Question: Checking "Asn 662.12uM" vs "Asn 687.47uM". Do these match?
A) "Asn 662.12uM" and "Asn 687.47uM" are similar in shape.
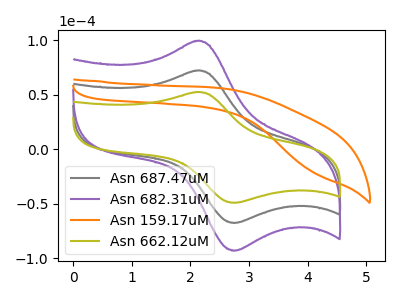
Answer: <think>The gray curve "Asn 687.47uM" has an anodic peak at (2.10V, 72.15uA) and a cathodic peak at (2.75V, -67.60uA). The purple curve "Asn 682.31uM" has an anodic peak at (2.10V, 144.30uA) and a cathodic peak at (2.75V, -135.15uA). The orange curve "Asn 159.17uM" has no peaks. The olive curve "Asn 662.12uM" has an anodic peak at (2.10V, 52.40uA) and a cathodic peak at (2.75V, -49.10uA).
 All the peaks in "Asn 662.12uM" have a peak in "Asn 687.47uM" at the same potential. Every peak in "Asn 662.12uM" is lower than every peak in "Asn 687.47uM".</think>
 <answer>A) "Asn 662.12uM" and "Asn 687.47uM" are similar in shape.</answer>
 <eval>A</eval>